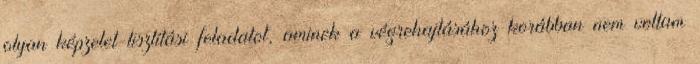
olyan képzelet-tisztítási feladatot, aminek a végrehajtásához korábban nem voltam